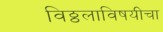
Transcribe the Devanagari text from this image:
विठ्ठलाविषयीचा